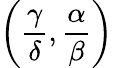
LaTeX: \left({\frac{\gamma}{\delta}},{\frac{\alpha}{\beta}}\right)